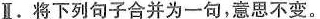
Ⅱ.将下列句子合并为一句,意思不变。